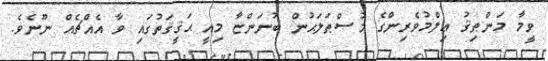
ވީމާ މަންޠިޤު ޢިލްމުވެރިންގެ މުޞްޠަލަޙުން ބުނަންޏާ މިއީ ޙަޤީޤަތުގައި ވާ އެއްޗެއް ނޫނެވެ.